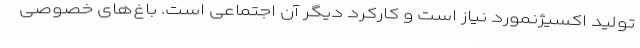
تولید اکسیژنمورد نیاز است و کارکرد دیگر آن اجتماعی است. باغ‌های خصوصی